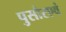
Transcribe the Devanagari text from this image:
पुसौरएवं